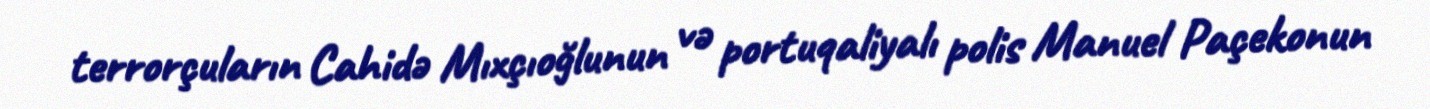
terrorçuların Cahidə Mıxçıoğlunun və portuqaliyalı polis Manuel Paçekonun